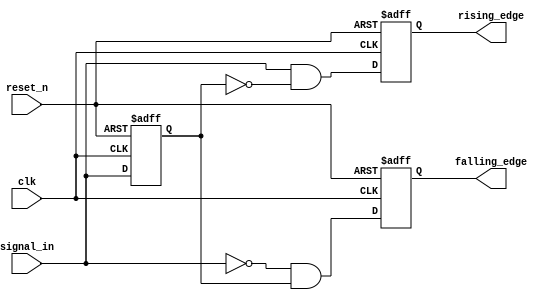
module glitch_free_edge_detector (
    input wire clk,             // Clock signal
    input wire reset_n,         // Active low asynchronous reset
    input wire signal_in,       // Input digital signal
    output reg rising_edge,     // Output for rising edge detection
    output reg falling_edge      // Output for falling edge detection
);

    reg signal_prev;            // Previous state storage

    // Asynchronous reset and state storage
    always @(posedge clk or negedge reset_n) begin
        if (!reset_n) begin
            signal_prev <= 1'b0; // Initialize to a known state
            rising_edge <= 1'b0; // Reset rising edge output
            falling_edge <= 1'b0; // Reset falling edge output
        end else begin
            // Capture the current state on clock edge
            rising_edge <= (signal_in && !signal_prev); // Detect rising edge
            falling_edge <= (!signal_in && signal_prev); // Detect falling edge
            
            // Update previous state to current state
            signal_prev <= signal_in;
        end
    end
endmodule